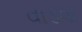
વાડવા